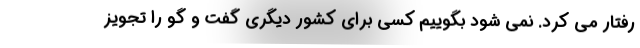
رفتار می کرد. نمی شود بگوییم کسی برای کشور دیگری گفت و گو را تجویز